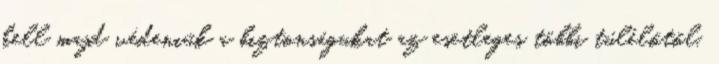
kell majd védeniük a biztonságukat az esetleges többi túlélőtől.